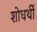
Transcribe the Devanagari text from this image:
शोधर्थी